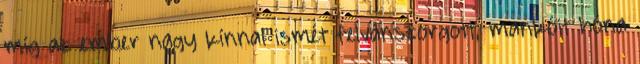
míg az ember nagy kínnal ismét felvánszorgott, mankóit hóna